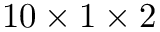
1 0 \times 1 \times 2